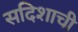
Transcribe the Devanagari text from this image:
सदिशाची